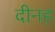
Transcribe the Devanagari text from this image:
दीनह